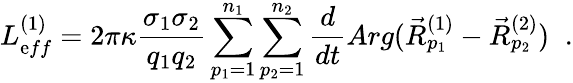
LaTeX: L_{\mathrm{e}ff}^{(1)}=2\pi\kappa\frac{{\sigma_{1}\sigma_{2}}}{{q_{1}q_{2}}}\sum_{p_{1}=1}^{n_{1}}\sum_{p_{2}=1}^{n_{2}}\frac{{d}}{{dt}}Arg(\vec{{R}}_{p_{1}}^{(1)}-\vec{{R}}_{p_{2}}^{(2)})\; \; .